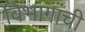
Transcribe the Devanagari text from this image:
विभागांंची